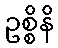
ဥစ္စိနိ